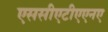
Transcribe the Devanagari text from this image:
एससीएटीएएनए